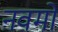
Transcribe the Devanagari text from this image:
नवमों